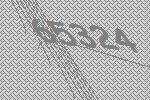
65324